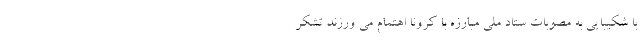
با شکیبایی به مصوبات ستاد ملی مبارزه با کرونا اهتمام می ورزند تشکر